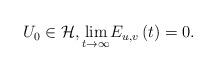
LaTeX: \begin{align*}\begin{array}{c}U_{0}\in \mathcal{H},\underset{t\rightarrow \infty }{\lim }\medskip E_{u,v}\left( t\right) =0.\end{array}\end{align*}